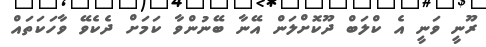
ރޫނީ ވަނީ އެ ކްލަބް ދޫކޮށްލަން އޭނާ ބޭނުންވާ ކަމަށް ދެކެވޭ ވާހަކަތައް